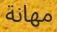
مھانة